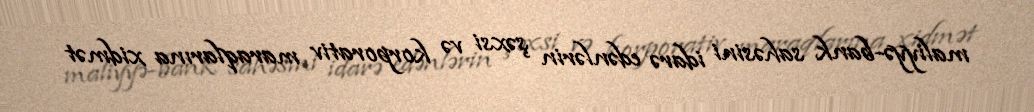
maliyyə-bank sahəsini idarə edənlərin şəxsi və korporativ maraqlarına xidmət